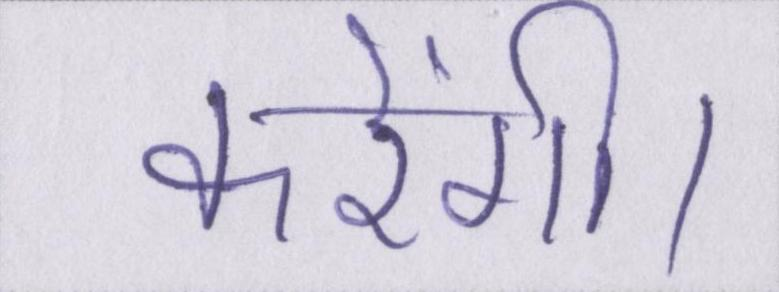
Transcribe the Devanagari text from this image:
करेंगी।